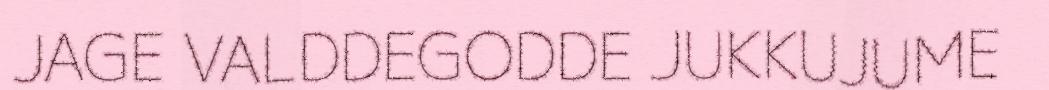
JAGE VALDDEGODDE JUKKUJUME